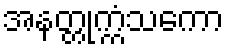
အနတ္တုက္ကံသကော